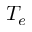
T _ { e }